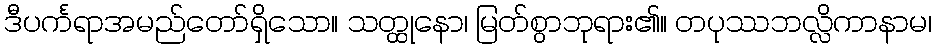
ဒီပင်္ကရာအမည်တော်ရှိသော။ သတ္ထုနော၊ မြတ်စွာဘုရား၏။ တပုဿဘလ္လိကာနာမ၊